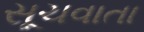
સૂચવાતા